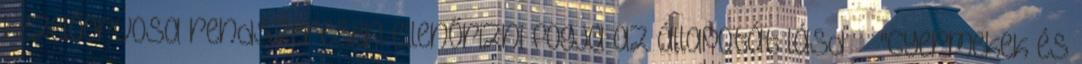
kezelőorvosa rendszeresen ellenőrizni fogja az állapotát lásd "Gyermekek és